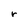
Character: r